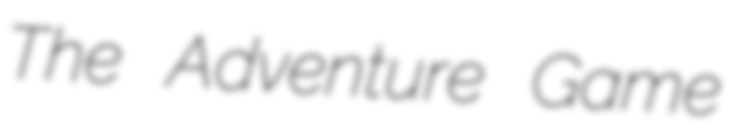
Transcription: The Adventure Game